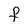
Character: F